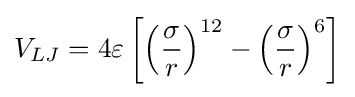
V_{LJ}=4\varepsilon \left[\left({\frac {\sigma }{r}}\right)^{12}-\left({\frac {\sigma }{r}}\right)^{6}\right]